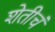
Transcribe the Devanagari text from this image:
शेतीचं